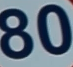
80